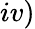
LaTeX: iv)